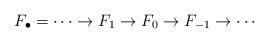
LaTeX: \begin{align*}F_\bullet = \cdots \to F_1 \to F_0 \to F_{-1} \to \cdots\end{align*}